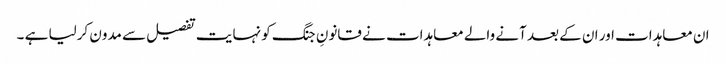
ان معاہدات اور ان کے بعد آنے والے معاہدات نے قانونِ جنگ کو نہایت تفصیل سے مدون کرلیا ہے ۔